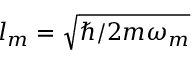
l _ { m } = \sqrt { \hbar / 2 m \omega _ { m } }